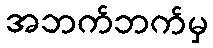
အဘက်ဘက်မှ